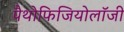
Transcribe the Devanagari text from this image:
पैथोफिजियोलॉजी